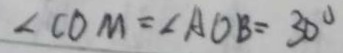
\angle C O M = \angle A O B = 3 0 ^ { \circ }